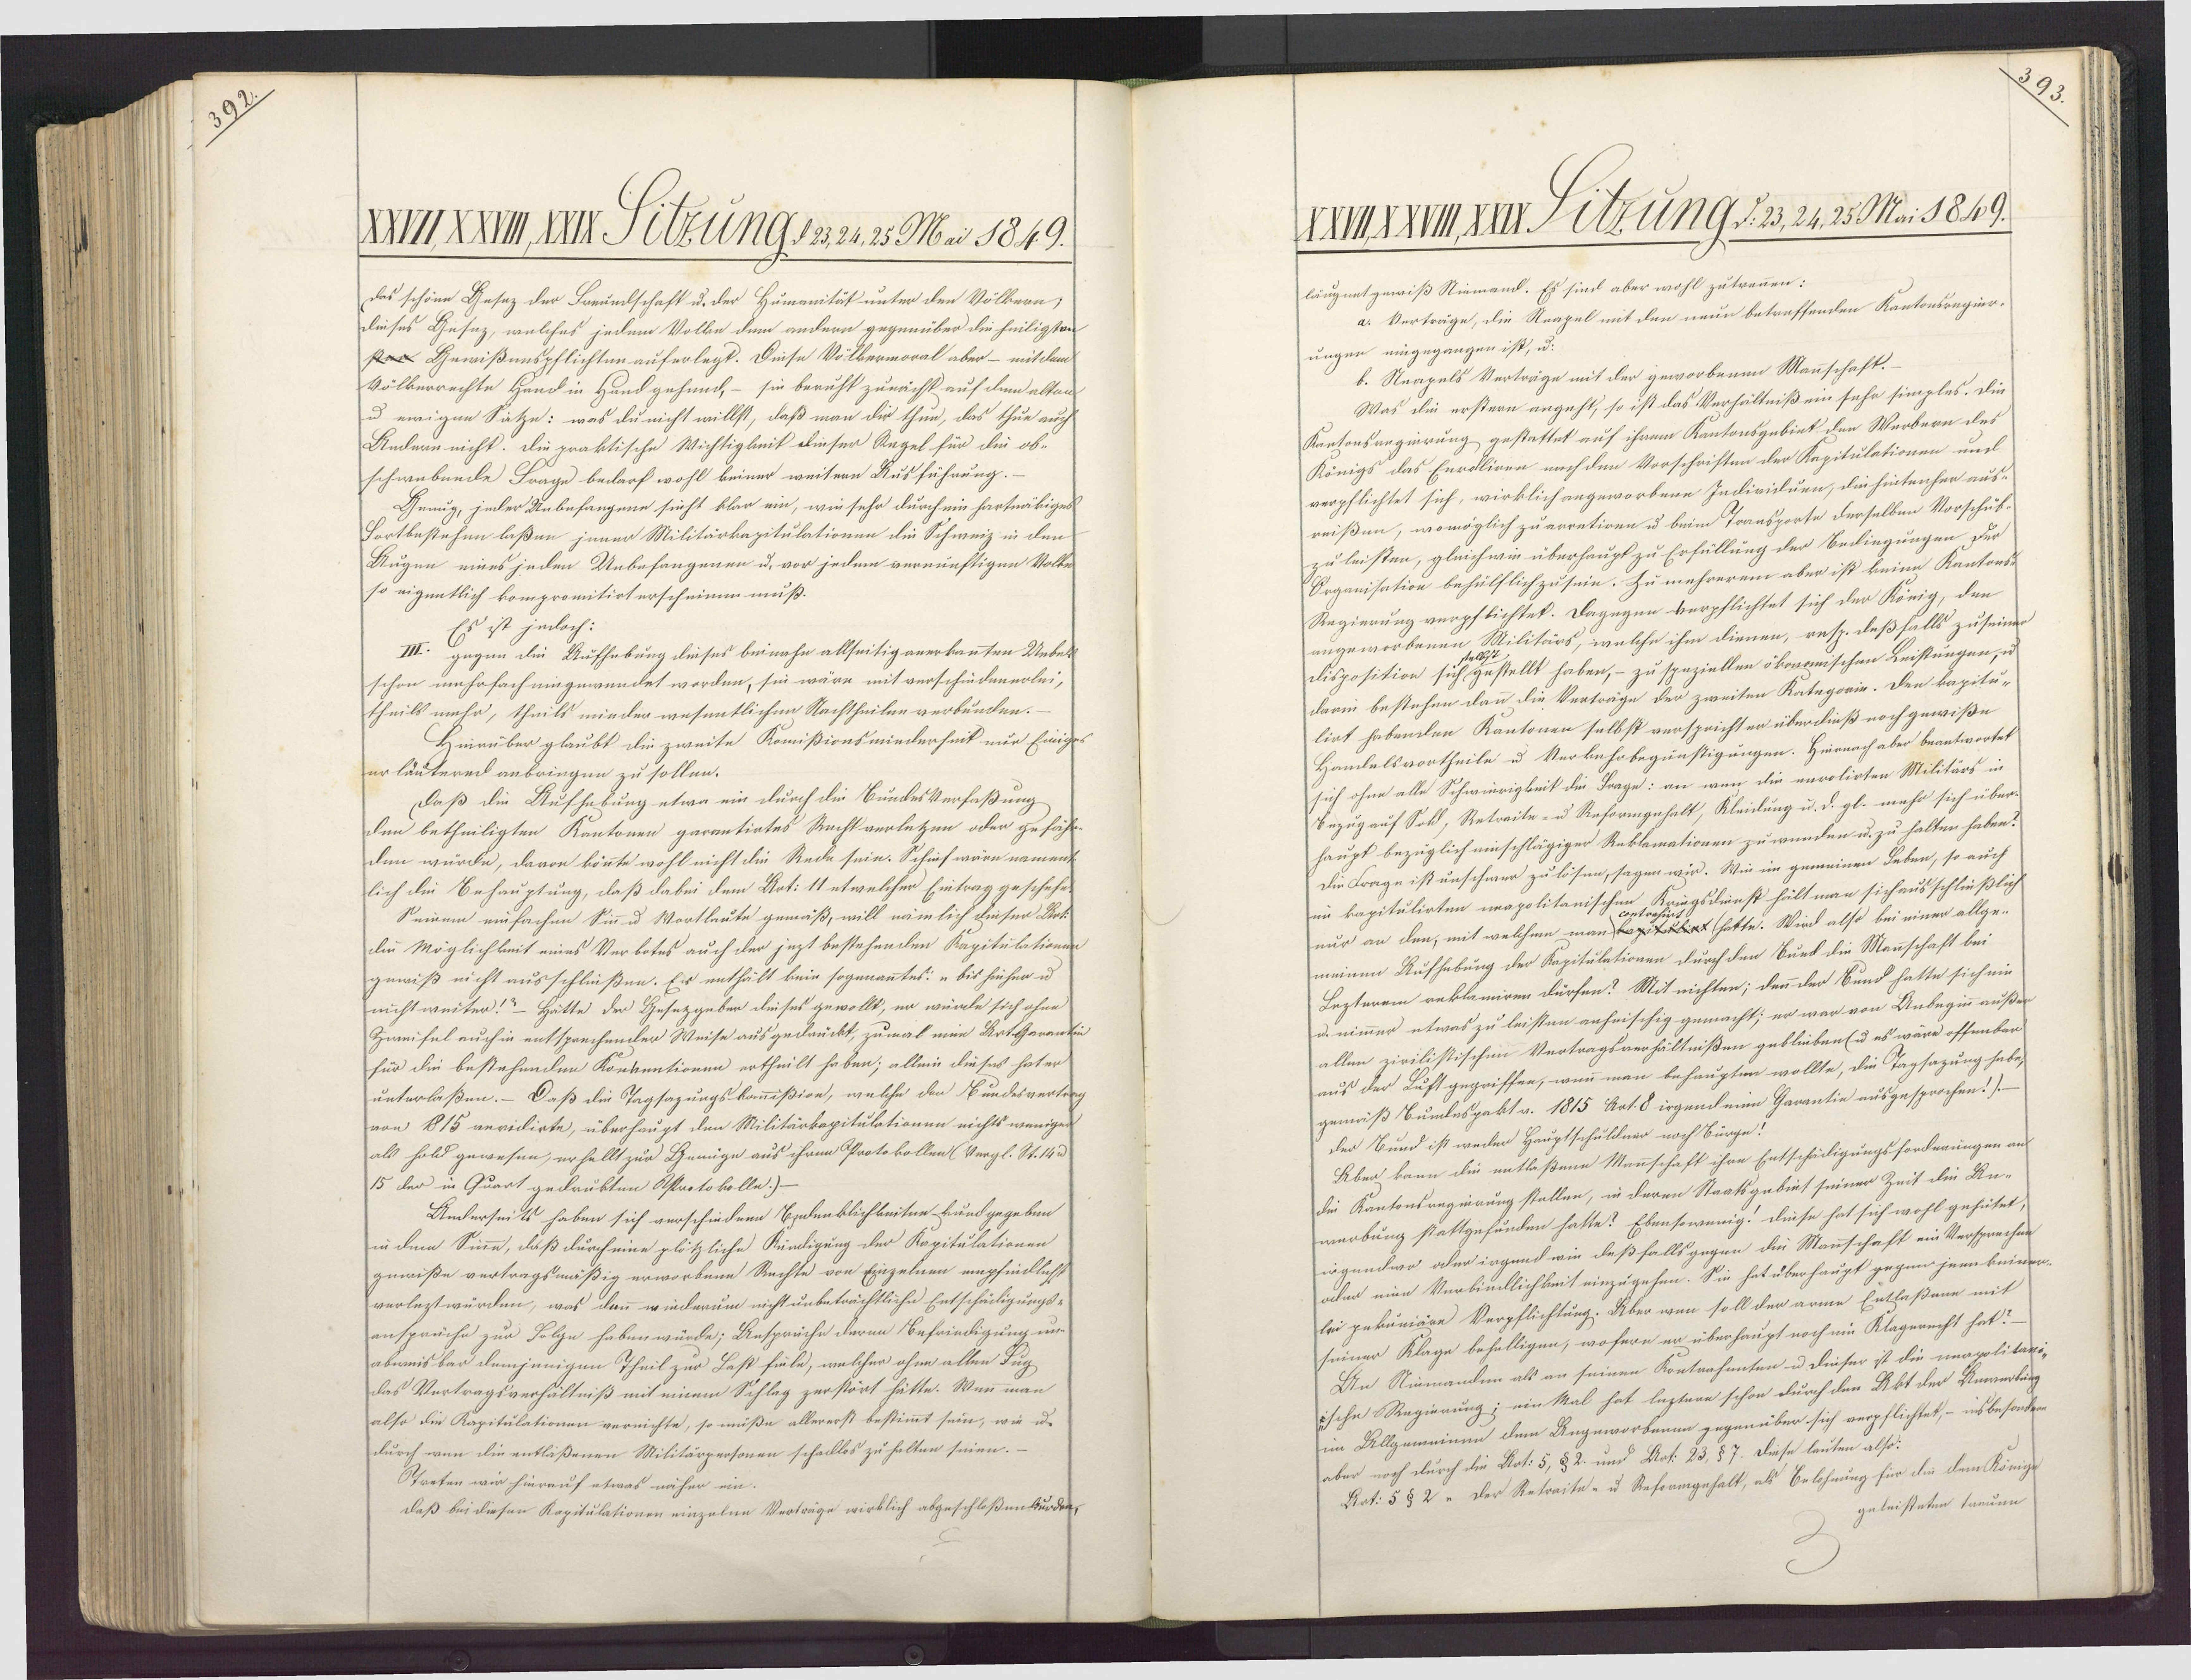
392.
XXVII, XXVIII, Sitzung, S 23,24, 25 Mai 1849.
Das schöne Gesez der Freundschaft u. der Humonität unter den Völkern,
Dieses Gesez, welches jedem Vollen dem andern gegenüber die heiligten
ster Gewißenspflichten auferlegt. Diese Völbermoral aber — mitt dem
völkerrechte Hand in Hand gehend,- sie beruht zunächst auf dem alten
u ewigen Sätze: was du nicht willst, daß man dir thun, das thue auch
Andern nicht. Die praktische Wichtigkeit dieser Regel für die ob¬
schwebende Frage bedarf wohl keiner weitern Ausführung.
Genug, jeder Unbefangene sieht klar ein, wie sehr durch ein hartnäkiges
Fortbestehen laßen jener Militärkapitulationen die Schweiz in den
Augen eines jeden Unbefangenen u. vor jedem vernünftigen Volke
so eigentlich kompromitirt erscheinen muß.
Es ist jedoch:
III. gegen die Aufhebung dieses beinahe allseitig anerkannten Uebek
schon mehrfach eingewendet worden, sie wäre mit verschiedenerlei,
theils mehr, theils wieder wesentlichen Nachtheilen verbunden.
Heirüber glaubt die zweite Komissionsmiederheit nur Einiges
er läutend anbringen zu sollen.
Daß die Aufhebung etwa ein durch die Bundesverfaßung

Den betheiligten Kantonen garantirtes Recht verletzen oder gefähr¬
den würde, davon könnte wohl nicht die Rede sein. Schief wäre nament¬
lich die Behauptung, daß dabei dem Art: 11 etwelcher Eintrag geschehe
Seinem einfachen Sinn u Wortlaute gemäß, will nämlich dieser Bet¬
die Möglichkeit eines Verbotes auch der jezt bestehenden Kapitulationen
gewiß nicht ausschließen. Er enthält kein sogenanntes: „bis hieher u
nicht weiter!“ - Hätte der Gesezgeber dieses gewollt, er würde sich ohne
Zweifel auch in entsprechender Weise ausgedrückt, zumal eine Art. Gerantin
für die bestehenden Konsentionen ertheilt haben; allein dieses hat er
unterlaßen. Daß die Tagsazungskommißire, welche den Kundesvertrag
von 1815 veridirte, überhaupt den Militärkapitulationen nichts wenigen
als hold gewesen, erhellt zur Genüge aus ihren Protokollen (Vergl. St. 14 u
15 der in Quart gedrukten Ostertokolle.)
Anderseits haben sich verschiedene Bedenblichkeiten kundgegeben
in dem Sinne, daß durch eine plötzliche Kündigung der Kapitulationen
gewiße vertragsmäßig erworbene Rechte von Einzelnen empfindlichst
verlezt würden, was dann wiederum nicht unbeträchtliche Entschäiligungs¬
ansprüche zur Folge haben würde; Besprüchen deren Befriedigung im¬
abweisbar demjenigen Theil zur Last fiele, welcher ohne allen Zug
das Vertragsverhältniß mit einem Schlag zerstört hätte. Wenn man
also die Kapitulationen vernichte, so müße allererst bestimmt sein, wie u.
durch wen die entlaßenen Militärpersonen schadlos zu halten seien.
Otreten wir hierauf etwas näher ein.
daß bei diesen Kapitulationen einzelne Verträge wirklich abgeschloßen wurden,

ße
VXVII, XXVIII, XXII Sitzung D: 23, 24, 25 Mai 1849.
läugnet gewiß Stiemand. Es sind aber wohl zutrennen:
a. Verträge, die Reapel mit den neun betreffenden Kantonsregier¬
ungen eingegangen ist, u.
b. Neapels Verträge mit der geworbenen Mannschaft.-
Was die erstern angeht, so ist das Verhältniß ein sehr simples. Die
Kretonsregierung gestattet auf ihrem Kantonsgebiet den Weibern des
Königs das Endliren nach den Vorschriften der Kapitulationen und
verpflichtet sich, wirklich angeworbene Individuen, die hintenher aus¬
reißen, womöglich zu erretiren u beim Transporte derselben Vorschub¬
zu leisten, gleichwie überhaupt zu Erfüllung der Bedingungen der
Organisation behülflich zu sein. Zu mehrerem aber ist keine Kantons¬
Regierung verpflichtet. Dagegen verpfichtet sich der König, den
angeworbenen Militärs, welche ihm dienen, resp. deßfalls zu seiner
disposition sich gestellt haben,- zu speziellen ökonomischen Leistungen, u

darin bestehen dann die Verträge der zweiten Kategorie. Den kapitu¬
lirt habenden Kantonen selbst verspricht er überdieß noch gewiße
Handelsvortheile u Verkehrbegünstigungen. Hiernach aber beantwortet
sich ohne alle Schwierigkeit die Frage: an wen die enrolirten Militärs in
Bezug auf Sold, Retraite u Reformgehalt, Kleidung u. d. gl. mehr sich über¬
haupt bezüglich einschlägiger Reklamationen zu wenden u. zu halten haben?
Die Frage ist unschwer zu lösen, sagen wir. Wie im gemeinen Leben, so auch
ringsdienst hält man sich ausschließlich
Zum Ro
im kapitulirten neapolitanischen
contrahir
nur an den, mit welchem man legitulier hätte. Wird also bei einer allge¬
meinen Aufhebung der Kapitulationen durch den Bued die Mannschaft bei
Lezterem reklamiren dürfen? Mit richten; denn der Bund hatte sich ein
u. nimmer etwas zu leisten anheischig gemacht; er war von Anbeginn außer
allen zivilistischen Vertragsverhältnißen geblieben (u es wäre offenbar
aus der Luft gegriffen, wenn man behaupten wollte, die Tagsazung habe,
gemäß Bundespakt v. 1815 Art. 8 irgend eine Garantie ausgesprochen!) —
der Bund ist werden Hauptschuldner noch Bürge!
Aber kann die entlaßene Mannschaft ihre Entschädigungs forderungen an
die Kantonsregierung stellen, in deren Staatsgebiet seiner Zeit die Be¬
werbung stattgefunden hatte? Ebensowenig. Diese hat sich wohl gehütet,
irgendwo oder irgend wie deßfalls gegen die Mauschaft ein Versprechen
aber eine Verbindlichkeit einzugehen. Sie hat überhaupt gegen jene keiner¬
lei geküniäre Verpflichtung. Aber wen soll der arme Entlaßene mit
seiner Klage behelligen, wofern er überhaupt noch ein Klagerecht hat? —
An Niemanden als an seinen Kontrohenten u Dieser ist die magnitari¬
sche Regierung; ein Mal hat leztere schon durch den Akt der Bewerbung
im Allgemeinen dem Angeworbenen gegenüber sich verpflichtet, - insbesondere
aber noch durch die Not: 5, § 2 und Art: 23, § 7. Diese lauten also:
Art: 5 § 2 u der Retraite u Reformgehalt, als Belohnung für die dem Könige
geleisteten treuen